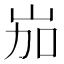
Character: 𡶥